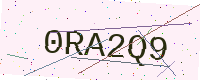
Text: 0RA2Q9